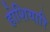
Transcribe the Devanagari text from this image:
होशियारि